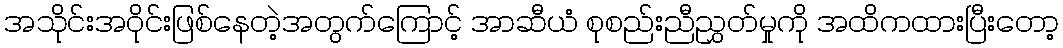
အသိုင်းအဝိုင်းဖြစ်နေတဲ့အတွက်ကြောင့် အာဆီယံ စုစည်းညီညွှတ်မှုကို အထိကထားပြီးတော့